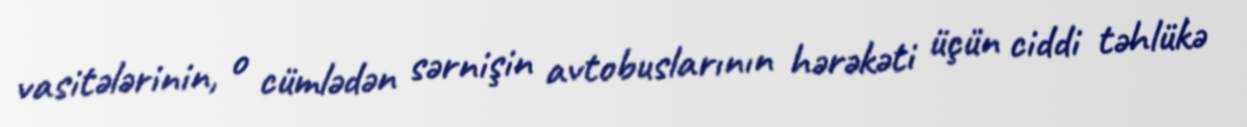
vasitələrinin, o cümlədən sərnişin avtobuslarının hərəkəti üçün ciddi təhlükə